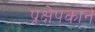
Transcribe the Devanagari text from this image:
प्रक्षेपकाने